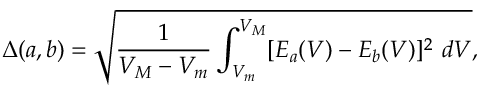
\Delta ( a , b ) = \sqrt { \frac { 1 } { V _ { M } - V _ { m } } \int _ { V _ { m } } ^ { V _ { M } } [ E _ { a } ( V ) - E _ { b } ( V ) ] ^ { 2 } ~ d V } ,